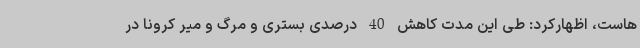
هاست، اظهارکرد: طی این مدت کاهش 40 درصدی بستری و مرگ و میر کرونا در